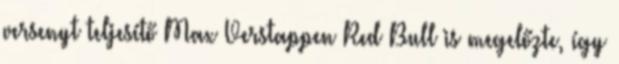
versenyt teljesítő Max Verstappen Red Bull is megelőzte, így